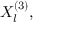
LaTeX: X _ { l } ^ { ( 3 ) } ,